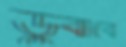
ডুবাবে